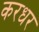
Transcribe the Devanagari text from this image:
करधर